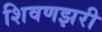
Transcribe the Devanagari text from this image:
शिवणझरी